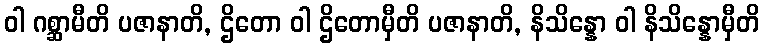
ဝါ ဂစ္ဆာမီတိ ပဇာနာတိ, ဌိတော ဝါ ဌိတောမှီတိ ပဇာနာတိ, နိသိန္နော ဝါ နိသိန္နောမှီတိ